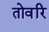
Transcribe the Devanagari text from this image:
तोवरि